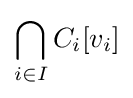
\bigcap _{i\in I}C_{i}[v_{i}]